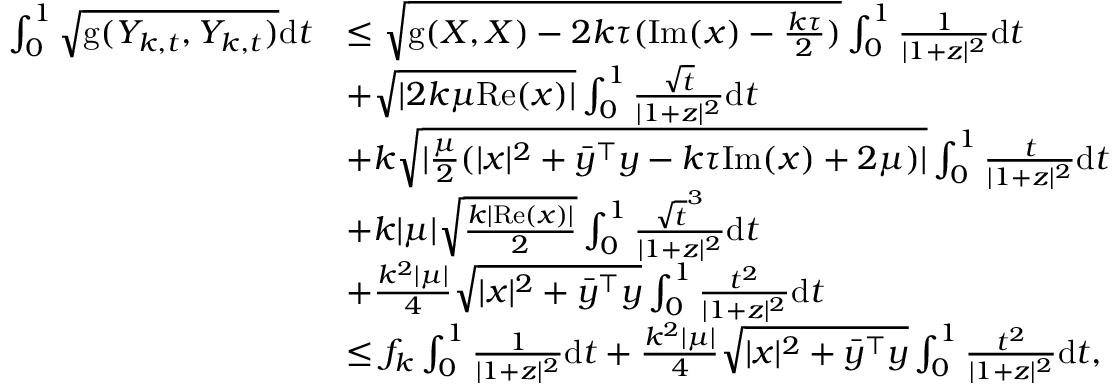
\begin{array} { r l } { \int _ { 0 } ^ { 1 } \sqrt { \mathrm { g } ( Y _ { k , t } , Y _ { k , t } ) } \mathrm { d } t } & { \leq \sqrt { \mathrm { g } ( X , X ) - 2 k \tau ( \mathrm { I m } ( x ) - \frac { k \tau } { 2 } ) } \int _ { 0 } ^ { 1 } \frac { 1 } { | 1 + z | ^ { 2 } } \mathrm { d } t } \\ & { + \sqrt { | 2 k \mu \mathrm { R e } ( x ) | } \int _ { 0 } ^ { 1 } \frac { \sqrt { t } } { | 1 + z | ^ { 2 } } \mathrm { d } t } \\ & { + k \sqrt { | \frac { \mu } { 2 } ( | x | ^ { 2 } + \bar { y } ^ { \top } y - k \tau \mathrm { I m } ( x ) + 2 \mu ) | } \int _ { 0 } ^ { 1 } \frac { t } { | 1 + z | ^ { 2 } } \mathrm { d } t } \\ & { + k | \mu | \sqrt { \frac { k | \mathrm { R e } ( x ) | } { 2 } } \int _ { 0 } ^ { 1 } \frac { \sqrt { t } ^ { 3 } } { | 1 + z | ^ { 2 } } \mathrm { d } t } \\ & { + \frac { k ^ { 2 } | \mu | } { 4 } \sqrt { | x | ^ { 2 } + \bar { y } ^ { \top } y } \int _ { 0 } ^ { 1 } \frac { t ^ { 2 } } { | 1 + z | ^ { 2 } } \mathrm { d } t } \\ & { \leq f _ { k } \int _ { 0 } ^ { 1 } \frac { 1 } { | 1 + z | ^ { 2 } } \mathrm { d } t + \frac { k ^ { 2 } | \mu | } { 4 } \sqrt { | x | ^ { 2 } + \bar { y } ^ { \top } y } \int _ { 0 } ^ { 1 } \frac { t ^ { 2 } } { | 1 + z | ^ { 2 } } \mathrm { d } t , } \end{array}